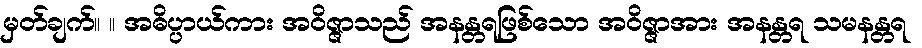
မှတ်ချက်။ ။ အဓိပ္ပာယ်ကား အဝိဇ္ဇာသည် အနန္တရဖြစ်သော အဝိဇ္ဇာအား အနန္တရ သမနန္တရ